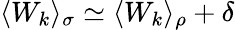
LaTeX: \langle W_{k}\rangle_{\sigma}\simeq\langle W_{k}\rangle_{\rho}+\delta